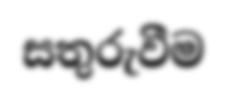
සතුරුවීම